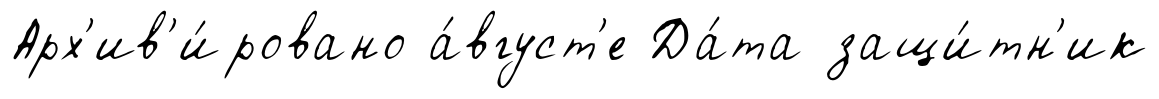
Арх'ив'и́ровано а́вгуст'е Да́та защи́тн'ик